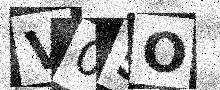
Text: V05O